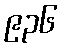
၉၃၆